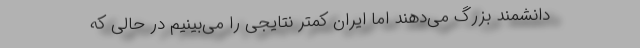
دانشمند بزرگ می‌دهند اما ایران کمتر نتایجی را می‌بینیم در حالی که